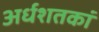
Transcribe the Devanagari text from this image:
अर्धशतकां